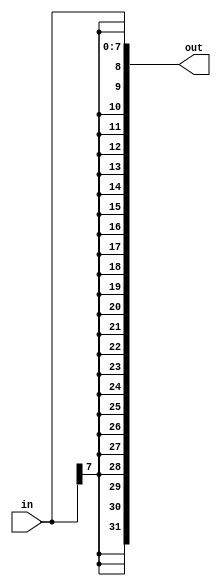
module top_module (
	input [7:0] in,
	output [31:0] out
);

	// Concatenate two things together:
	// 1: {in[7]} repeated 24 times (24 bits)
	// 2: in[7:0] (8 bits)
	assign out = { {24{in[7]}}, in };
	
endmodule